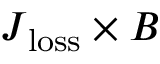
\boldsymbol { J } _ { \mathrm { l o s s } } \times \boldsymbol { B }